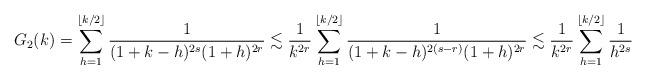
LaTeX: \begin{align*}G_2(k) &= \sum_{h=1}^{\lfloor k/2\rfloor} \frac{1}{(1+k-h)^{2s}(1+h)^{2r}}\lesssim \frac{1}{k^{2r}} \sum_{h=1}^{\lfloor k/2\rfloor} \frac{1}{(1+k-h)^{2(s-r)}(1+h)^{2r}}\lesssim \frac{1}{k^{2r}} \sum_{h=1}^{\lfloor k/2\rfloor} \frac{1}{h^{2s}}\end{align*}